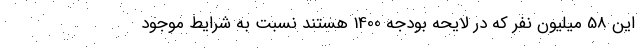
این 58 میلیون نفر که در لایحه بودجه 1400 هستند نسبت به شرایط موجود